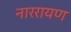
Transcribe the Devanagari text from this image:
नाररायण